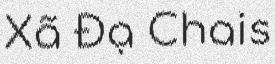
Xã Đạ Chais